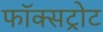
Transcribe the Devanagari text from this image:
फॉक्सट्रोट